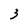
Character: 3